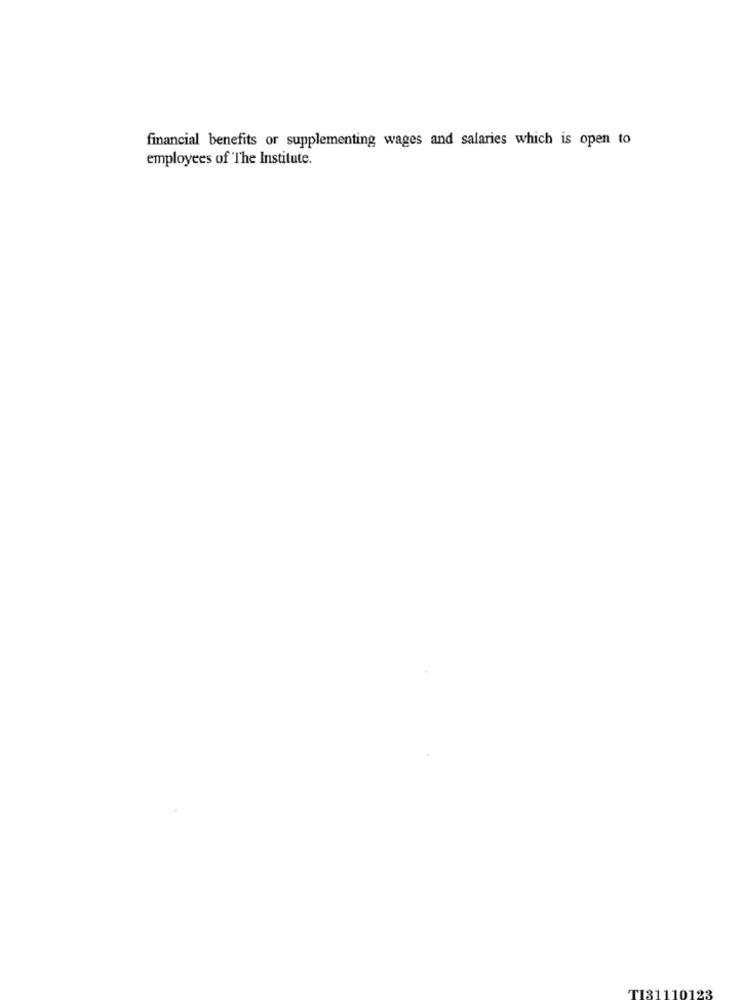
financial benefits or supplementing wages and salaries which is open to
employees of The Institute.
TI31110123